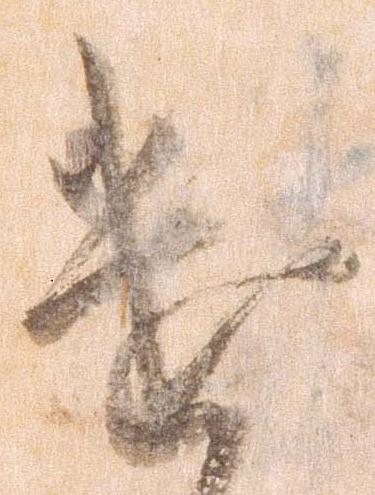
遣